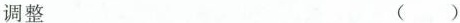
调整 ( )